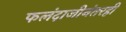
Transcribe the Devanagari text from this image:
फलंदाजीनंतरही